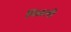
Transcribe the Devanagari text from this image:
मिळली